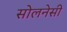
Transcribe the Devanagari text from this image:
सोलनेसी